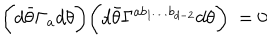
LaTeX: \biggl ( d { \bar { \theta } } \Gamma _ { a } d \theta \biggr ) \biggl ( d { \bar { \theta } } \Gamma ^ { a b _ { 1 } \ldots b _ { d - 2 } } d \theta \biggr ) ~ = 0